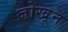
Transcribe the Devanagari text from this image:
जोखून